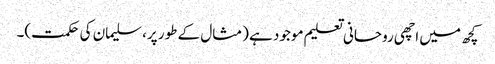
کچھ میں اچھی روحانی تعلیم موجود ہے (مثال کے طور پر، سلیمان کی حکمت)۔